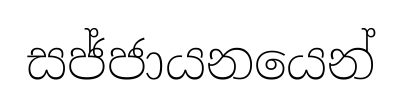
සජ්ජායනයෙන්